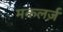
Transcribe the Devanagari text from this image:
मकलर्ज़